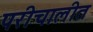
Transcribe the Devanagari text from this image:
परीचालीत